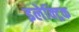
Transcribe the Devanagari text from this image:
इलेक्‍ट्रिक